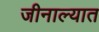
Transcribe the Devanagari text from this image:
जीनाल्यात